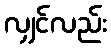
လျှင်လည်း